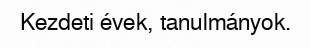
Kezdeti évek, tanulmányok.